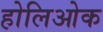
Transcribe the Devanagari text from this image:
होलिओक